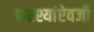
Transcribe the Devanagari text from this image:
फरश्यांऐवजी